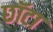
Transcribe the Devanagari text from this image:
छॉटा